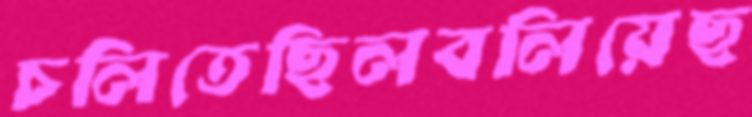
চলিতেছিলবলিয়েছ